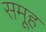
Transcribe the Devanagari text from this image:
समूूह